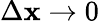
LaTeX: \Delta\mathbf{x}\rightarrow0